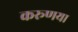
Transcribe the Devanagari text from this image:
करूणया